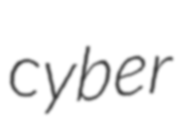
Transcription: cyber